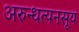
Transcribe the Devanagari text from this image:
अरुन्धत्यनसूय